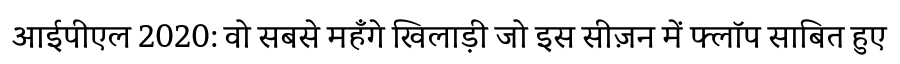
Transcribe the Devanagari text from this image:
आईपीएल 2020: वो सबसे महँगे खिलाड़ी जो इस सीज़न में फ्लॉप साबित हुए